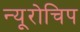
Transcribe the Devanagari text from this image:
न्यूरोचिप